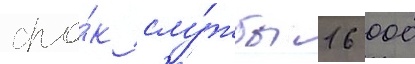
сро́к слу́жбы 16 000